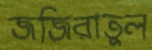
জজিরাতুল